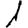
Digit: 1